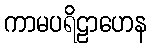
ကာမပရိဠာဟေန